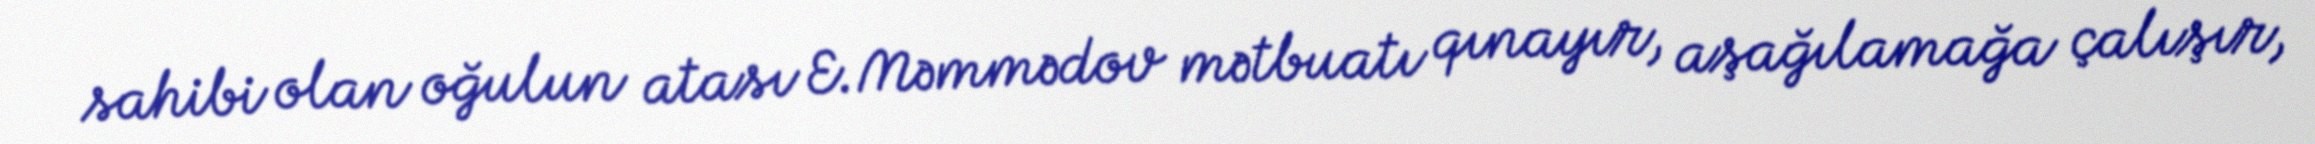
sahibi olan oğulun atası E.Məmmədov mətbuatı qınayır, aşağılamağa çalışır,